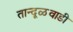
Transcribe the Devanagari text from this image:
तान्दूळवाडी